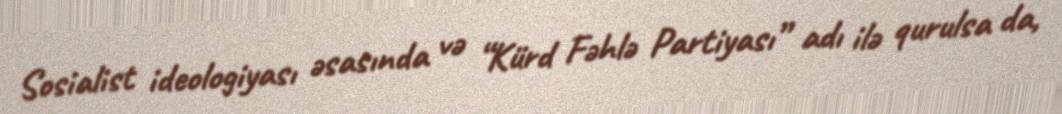
Sosialist ideologiyası əsasında və “Kürd Fəhlə Partiyası” adı ilə qurulsa da,